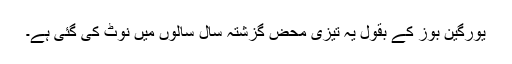
یورگین بوز کے بقول یہ تیزی محض گزشتہ سال سالوں میں نوٹ کی گئی ہے۔